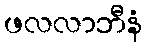
ဖလလာဘီနံ